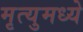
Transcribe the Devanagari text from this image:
मृत्युमध्ये